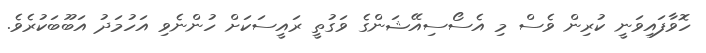
ހޮވާފައިވަނީ ކުރިން ވެސް މި އެސޯސިއޭޝަންގެ ވަގުތީ ރައީސަކަށް ހުންނެވި އަހުމަދު އަބޫބަކުރެވެ.